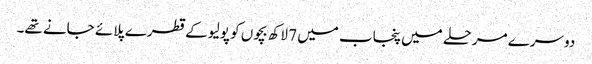
دوسرے مرحلے میں پنجاب میں 7 لاکھ بچوں کو پولیو کے قطرے پلائے جانے تھے۔